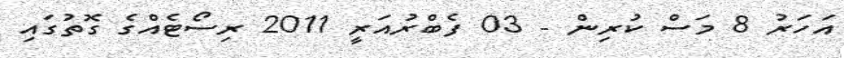
އަހަރު 8 މަސް ކުރިން - 03 ފެބްރުއަރީ 2011 ރިސޯޓެއްގެ ގޮތުގައި